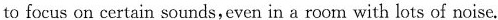
to focus on certain sounds,even in a room with lots of noise.